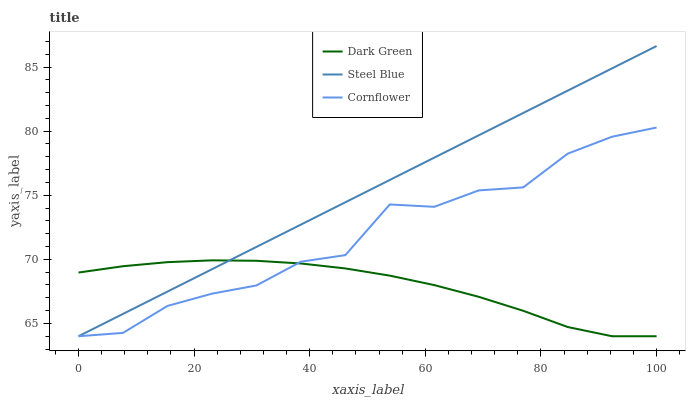
| xaxis_label | Dark Green | Steel Blue | Cornflower |
 | --- | --- | --- | --- |
 | 0 | 69 | 64 | 64 |
 | 7.69 | 69.5 | 65.7 | 64.3 |
 | 15.4 | 69.8 | 67.5 | 66.4 |
 | 23.1 | 69.9 | 69.2 | 67.3 |
 | 30.8 | 69.9 | 71 | 68 |
 | 38.5 | 69.7 | 72.7 | 69.8 |
 | 46.2 | 69.3 | 74.4 | 70.3 |
 | 53.8 | 68.7 | 76.2 | 74.3 |
 | 61.5 | 68 | 77.9 | 74.1 |
 | 69.2 | 67.1 | 79.7 | 75.4 |
 | 76.9 | 66 | 81.4 | 75.6 |
 | 84.6 | 64.7 | 83.2 | 78.2 |
 | 92.3 | 64 | 84.9 | 79.6 |
 | 100 | 64 | 86.6 | 80.3 |